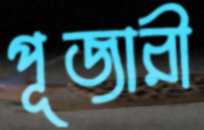
পূজারী